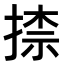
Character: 𭡠